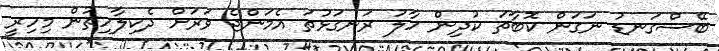
ބޭސްގަނޑު ނަގަން ކޮބާތަ ކުދިން ހާލު ރަނގަޅުތަ އެމަންޖެ ވަރަށް ދެކިލާހިތުން މިހިރީ